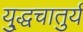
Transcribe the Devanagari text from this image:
यु्द्धचातुर्य